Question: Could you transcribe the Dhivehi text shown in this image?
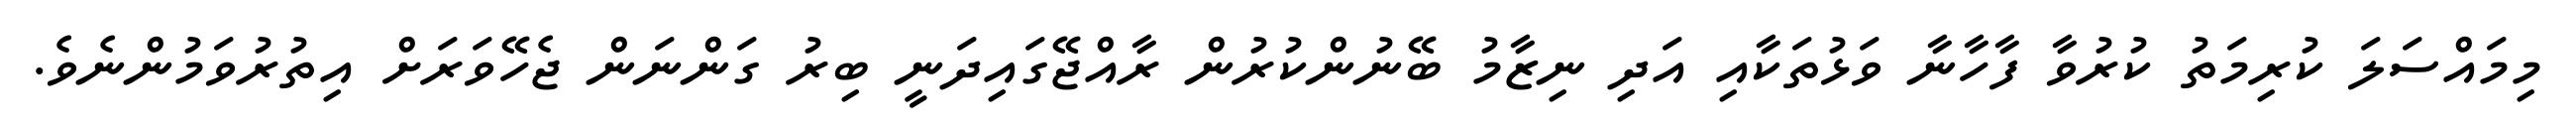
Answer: މިމައްސަލަ ކުރިމަތު ކުރުވާ ފާހާނާ ވަޅުތަކާއި އަދި ނިޒާމު ބޭނުންކުރުން ރާއްޖޭގައިދަނީ ބިރު ގަންނަން ޖެހޭވަރަށް އިތުރުވަމުންނެވެ.